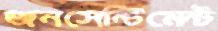
জনসেন্টিমেন্ট